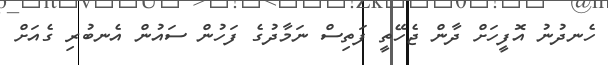
ހެނދުނު އޮފީހަށް ދާން ޖެހޭތީ ފަތިސް ނަމާދުގެ ފަހުން ސައުން އެނބުރި ގެއަށް